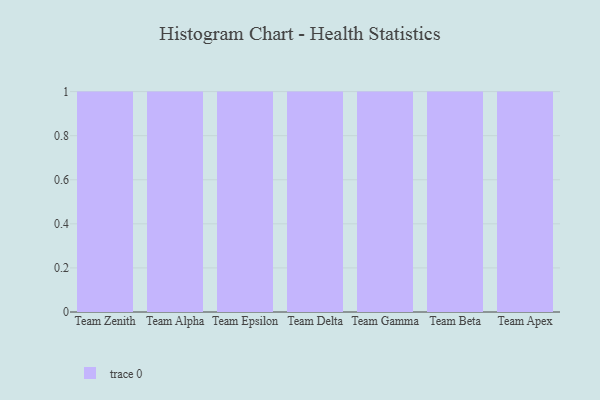
{"axis": {"x": "Team", "y": "Population (Million)"}, "legend": [""], "data": [{"x": "Team Zenith", "y": 68, "type": ""}, {"x": "Team Alpha", "y": 67, "type": ""}, {"x": "Team Epsilon", "y": 24, "type": ""}, {"x": "Team Delta", "y": 70, "type": ""}, {"x": "Team Gamma", "y": 89, "type": ""}, {"x": "Team Beta", "y": 50, "type": ""}, {"x": "Team Apex", "y": 17, "type": ""}]}